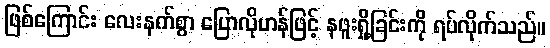
ဖြစ်ကြောင်း လေးနက်စွာ ပြောလိုဟန်ဖြင့် နဖူးရှို့ခြင်းကို ရပ်လိုက်သည်။